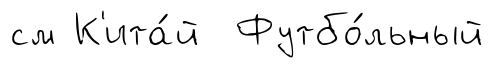
см К'ита́й Футбо́льный